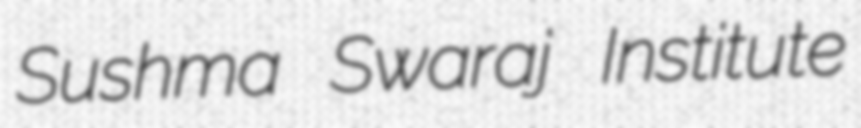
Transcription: Sushma Swaraj Institute